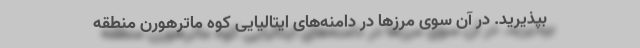
بپذیرید. در آن سوی مرزها در دامنه‌های ایتالیایی کوه ماترهورن منطقه